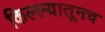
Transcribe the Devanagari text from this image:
किल्ल्यातूनच